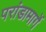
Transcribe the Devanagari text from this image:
परांडामार्गे